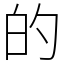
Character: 的